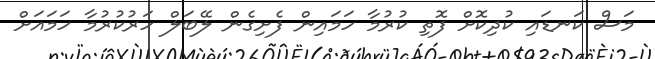
މަސް ކަނޑައި ކުދިކޮށް ފޮތި ކުރުމާ ހަމައިން ފެށިގެން ލޭބަލް ހަރުކުރުމާ ހަމައަށް